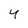
Character: 4